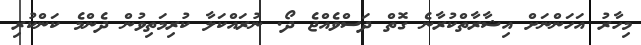
މިހާރު އަހަންނަށް އިޝާރާތްކުރާނެ ގޮތް ދަސްވެއްޖެ ދޯ. ނުރައްކަލާ ކުރިމަތިވުން ދެންމެ ކަންކުރި